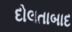
દોલતાબાદ